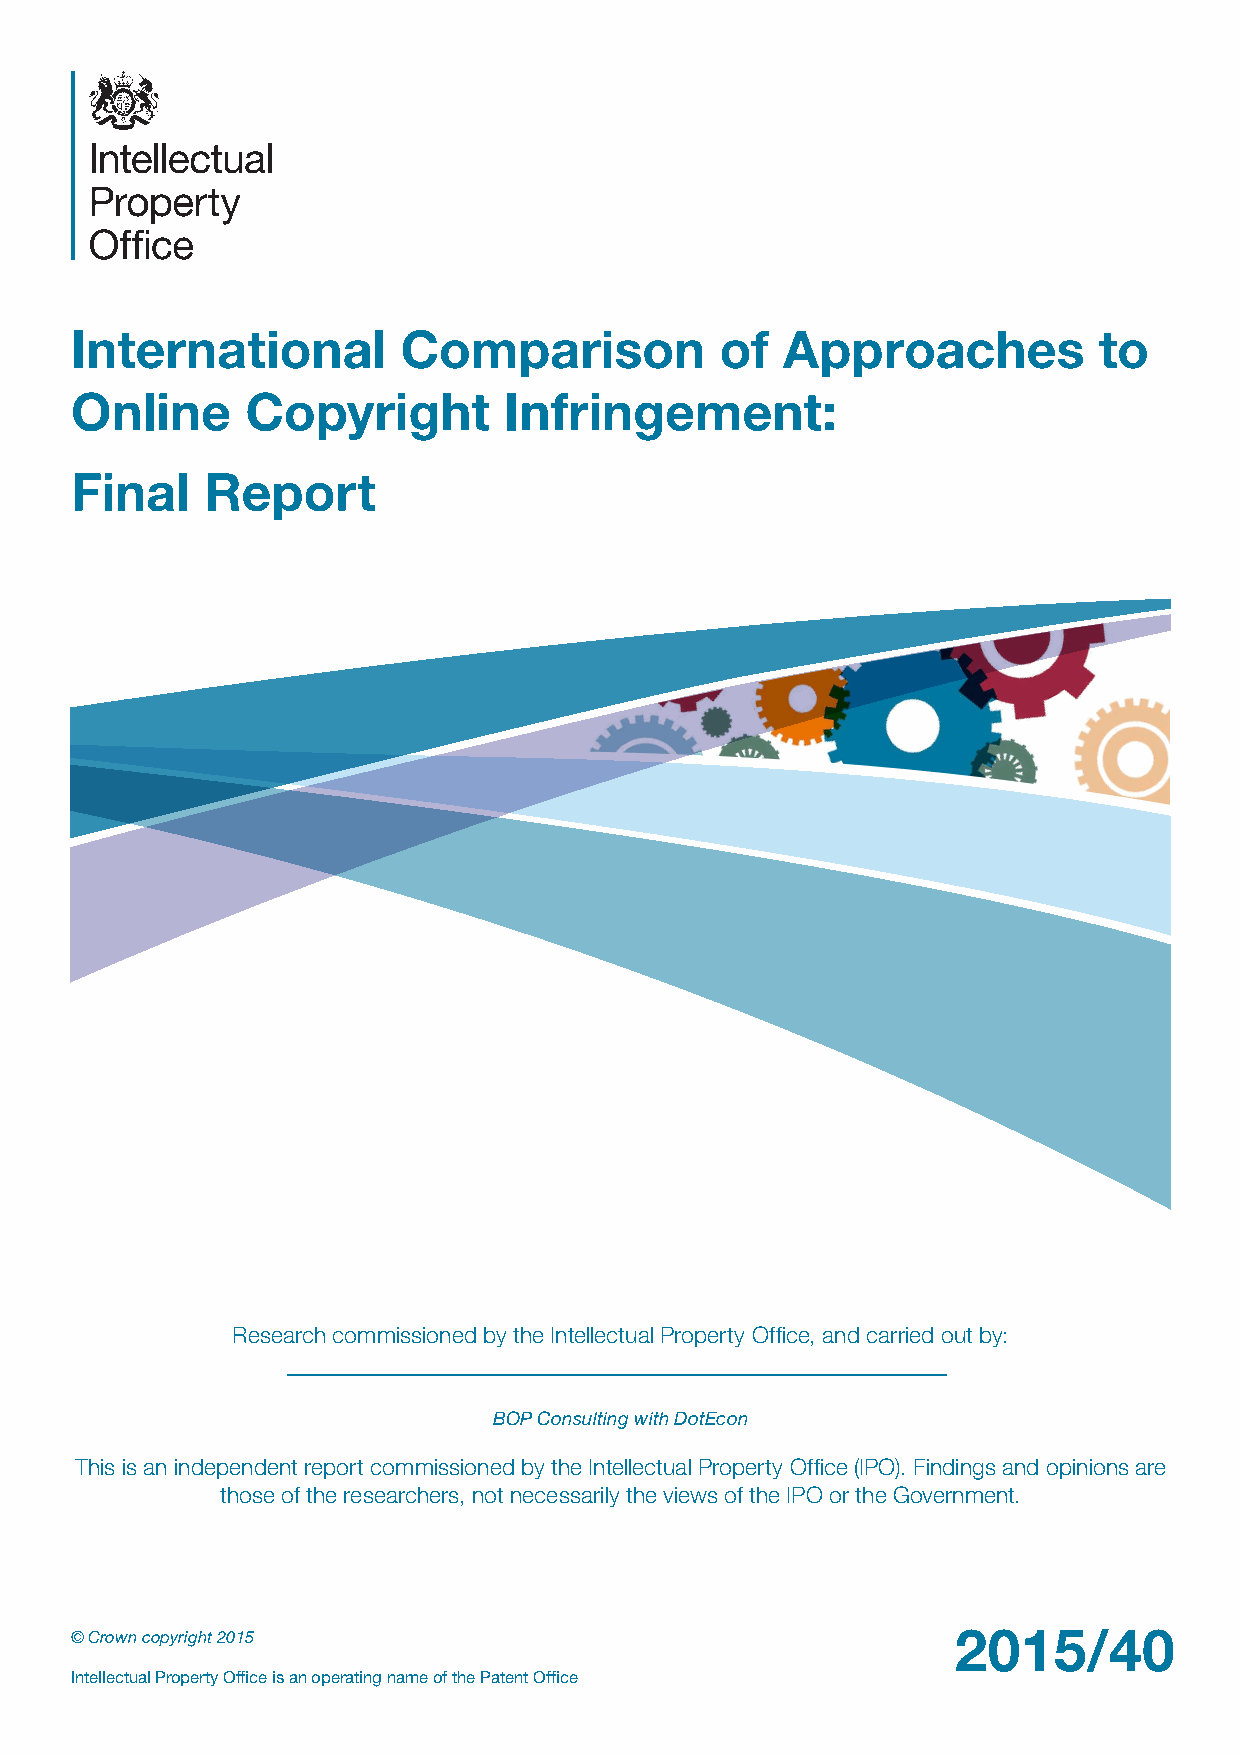
International         Comparison           of  Approaches           to
 Online     Copyright        Infringement:
 Final    Report
 Research commissioned by the Intellectual Property Office, and carried out by:
 BOP Consulting with DotEcon
 This is an independent report commissioned by the Intellectual Property Office (IPO). Findings and opinions are
 those of the researchers, not necessarily the views of the IPO or the Government.
 © Crown copyright 2015                                    2015/40
 Intellectual Property Office is an operating name of the Patent Office